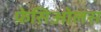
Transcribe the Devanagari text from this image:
फ़ेसिओलस